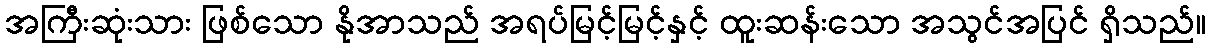
အကြီးဆုံးသား ဖြစ်သော နိုအာသည် အရပ်မြင့်မြင့်နှင့် ထူးဆန်းသော အသွင်အပြင် ရှိသည်။